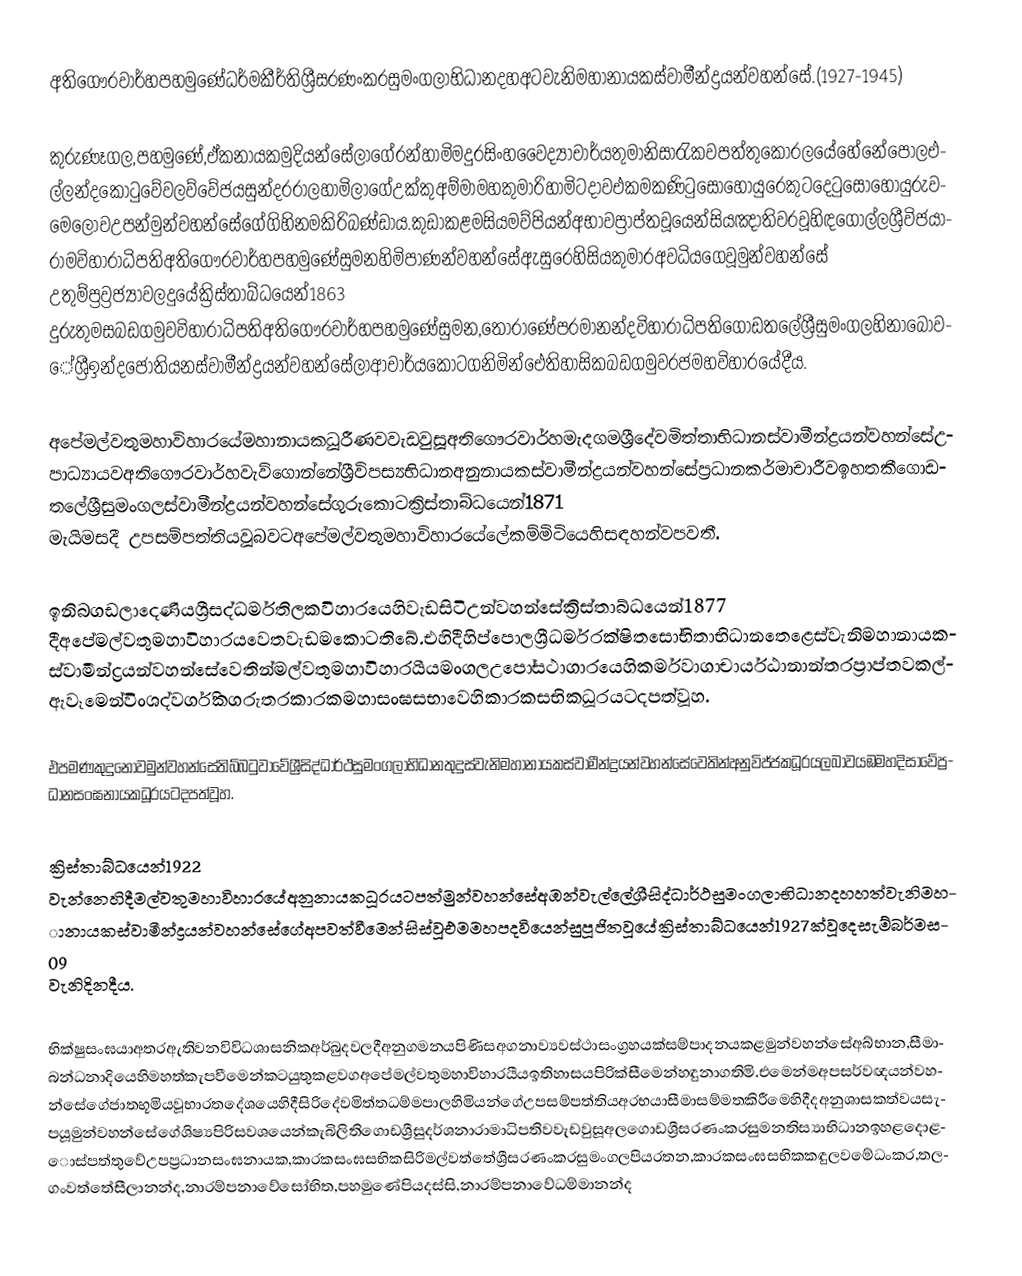
අතිගෞරවාර්හපහමුණේධර්මකීර්තිශ්‍රීසරණංකරසුමංගලාභිධානදහඅටවැනිමහානායකස්වාමීන්ද්‍රයන්වහන්සේ.(1927-1945)

      කුරුණෑගල,පහමුණේ,ඒකනායකමුදියන්සේලාගේරන්හාමිමදුරසිංහවෛද්‍යාචාර්යතුමානිසාරැකවපත්තුකෝරලයේහේනේපොලඑල්ලන්දකොටුවේවලව්වේජයසුන්දරරාලහාමිලාගේඋක්කුඅම්මාමහකුමාරිහාමිටදාවඑකමකණිටුසොහොයුරෙකුටදෙටුසොහොයුරුවමෙලොවඋපන්මුන්වහන්සේගේගිහිනමකිරිබණ්ඩාය.කුඩාකළමසියමව්පියන්අභාවප්‍රාප්තවූයෙන්සියඤාතිවරවූහිඳගොල්ලශ්‍රීවිජයාරාමවිහාරාධිපතිඅතිගෞරවාර්හපහමුණේසුමනහිමිපාණන්වහන්සේඇසුරෙහිසියකුමාරඅවධියගෙවූමුන්වහන්සේ  උතුම්ප්‍රව්‍රජ්‍යාවලදුයේක්‍රිස්තාබ්ධයෙන්1863 දුරුතුමසබඩගමුවවිහාරාධිපතිඅතිගෞරවාර්හපහමුණේසුමන,තෝරාණේපරමානන්දවිහාරාධිපතිගොඩතලේශ්‍රීසුමංගලහිනාබෝවේශ්‍රීඉන්දජෝතියනස්වාමීන්ද්‍රයන්වහන්සේලාආචාර්යකොටගනිමින්ඓතිහාසිකබඩගමුවරජමහවිහාරයේදීය.

          අපේමල්වතුමහාවිහාරයේමහානායකධූරීණවවැඩවුසූඅතිගෞරවාර්හමැදගමශ්‍රීදේවමිත්තාභිධානස්වාමීන්ද්‍රයන්වහන්සේඋපාධ්‍යායවඅතිගෞරවාර්හවැව්ගොන්නේශ්‍රීවිපස්‍යභිධානඅනුනායකස්වාමීන්ද්‍රයන්වහන්සේප්‍රධානකර්මාචාරීවඉහතකීගොඩතලේශ්‍රීසුමංගලස්වාමීන්ද්‍රයන්වහන්සේගුරුකොටක්‍රිස්තාබ්ධයෙන්1871 මැයිමසදී  උපසම්පත්තියවූබවටඅපේමල්වතුමහාවිහාරයේලේකම්මිටියෙහිසඳහන්වපවතී.

              ඉනිබගඩලාදෙණියශ්‍රීසද්ධර්මතිලකවිහාරයෙහිවැඩසිටිඋන්වහන්සේක්‍රිස්තාබ්ධයෙන්1877 දීඅපේමල්වතුමහාවිහාරයවෙතවැඩමකොටතිබේ.එහිදීහිප්පොලශ්‍රීධර්මරක්ෂිතසෝභිතාභිධානතෙළෙස්වැනිමහානායකස්වාමීන්ද්‍රයන්වහන්සේවෙතින්මල්වතුමහාවිහාරයීයමංගලඋපෝසථාගාරයෙහිකර්මවාගාචාර්යඨානාන්තරප්‍රාප්තවකල්ඇවෑමෙන්විංශද්වර්ගිකගරුතරකාරකමහාසංඝසභාවෙහිකාරකසභිකධූරයටදපත්වූහ.

      එපමණකුදුනොවමුන්වහන්සේතිබ්බටුවාවේශ්‍රීසිද්ධාර්ථසුමංගලාභිධානතුදුස්වැනිමහානායකස්වාමීන්ද්‍රයන්වහන්සේවෙතින්අනුවිජ්ජකධූරයලබාවයඹමහදිසාවේප්‍රධානසංඝනායකධූරයටදපත්වූහ.

            ක්‍රිස්තාබ්ධයෙන්1922 වැන්නෙහිදීමල්වතුමහාවිහාරයේඅනුනායකධූරයටපත්මුන්වහන්සේඅඹන්වැල්ලේශ්‍රීසිද්ධාර්ථසුමංගලාභිධානදහහත්වැනිමහානායකස්වාමීන්ද්‍රයන්වහන්සේගේඅපවත්වීමෙන්සිස්වූඑමමහපදවියෙන්සුපූජිතවූයේක්‍රිස්තාබ්ධයෙන්1927ක්වූදෙසැම්බර්මස09 වැනිදිනදීය.

        භික්ෂුසංඝයාඅතරඇතිවනවිවිධශාසනිකඅර්බුදවලදීඅනුගමනයපිණිසඅගනාව්‍යවස්ථාසංග්‍රහයක්සම්පාදනයකළමුන්වහන්සේඅබ්භාන,සීමාබන්ධනාදියෙහිමහත්කැපවීමෙන්කටයුතුකළවගඅපේමල්වතුමහාවිහාරයීයඉතිහාසයපිරික්සීමෙන්හඳුනාගතිමි.එමෙන්මඅපසර්වඥයන්වහන්සේගේජාතභූමියවූභාරතදේශයෙහිදීසිරිදේවමිත්තධම්මපාලහිමියන්ගේඋපසම්පත්තියඅරභයාසීමාසම්මතකිරීමෙහිදීදඅනුශාසකත්වයසැපයූමුන්වහන්සේගේශිෂ්‍යපිරිසවශයෙන්කැබිලිතිගොඩශ්‍රීසුදර්ශනාරාමාධිපතිවවැඩවුසූඅලගොඩශ්‍රීසරණංකරසුමනතිස්‍යාභිධානඉහළදොළොස්පත්තුවේඋපප්‍රධානසංඝනායක,කාරකසංඝසභිකසිරිමල්වත්තේශ්‍රීසරණංකරසුමංගලපියරතන,කාරකසංඝසභිකකඳුලවමේධංකර,තලගංවත්තේසීලානන්ද,නාරම්පනාවේසෝභිත,පහමුණේපියදස්සි,නාරම්පනාවේධම්මානන්ද